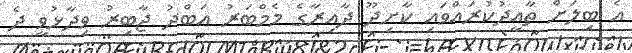
އެ ބިލަށް ތާއީދުކުރައްވައި ކާށިދޫ ދާއިރާގެ މެމްބަރު އަބްދު ޖާބިރު ވިދާޅުވީ ދެ